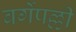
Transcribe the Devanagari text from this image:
बर्गेपल्ली